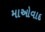
માઓવાદ